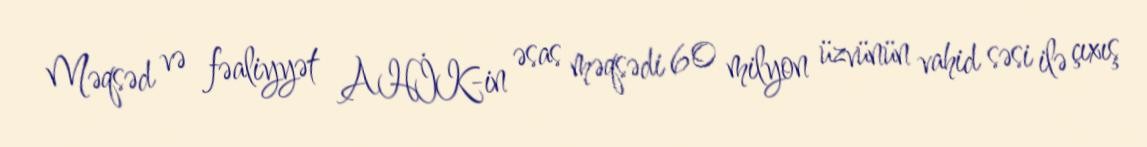
Məqsəd və fəaliyyət AHİK-in əsas məqsədi 60 milyon üzvünün vahid səsi ilə çıxış